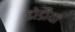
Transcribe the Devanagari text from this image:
डोडीया